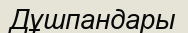
Дұшпандары